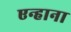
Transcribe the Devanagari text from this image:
एन्हाना